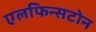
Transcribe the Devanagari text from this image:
एलफिन्सटोन